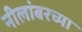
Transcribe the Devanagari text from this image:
नीलांबरच्या